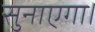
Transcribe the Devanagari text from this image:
सुनाएगा।